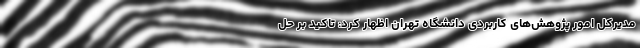
مدیرکل امور پژوهش‌های کاربردی دانشگاه تهران اظهار کرد: تاکید بر حل